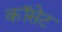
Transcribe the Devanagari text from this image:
कॉसेट